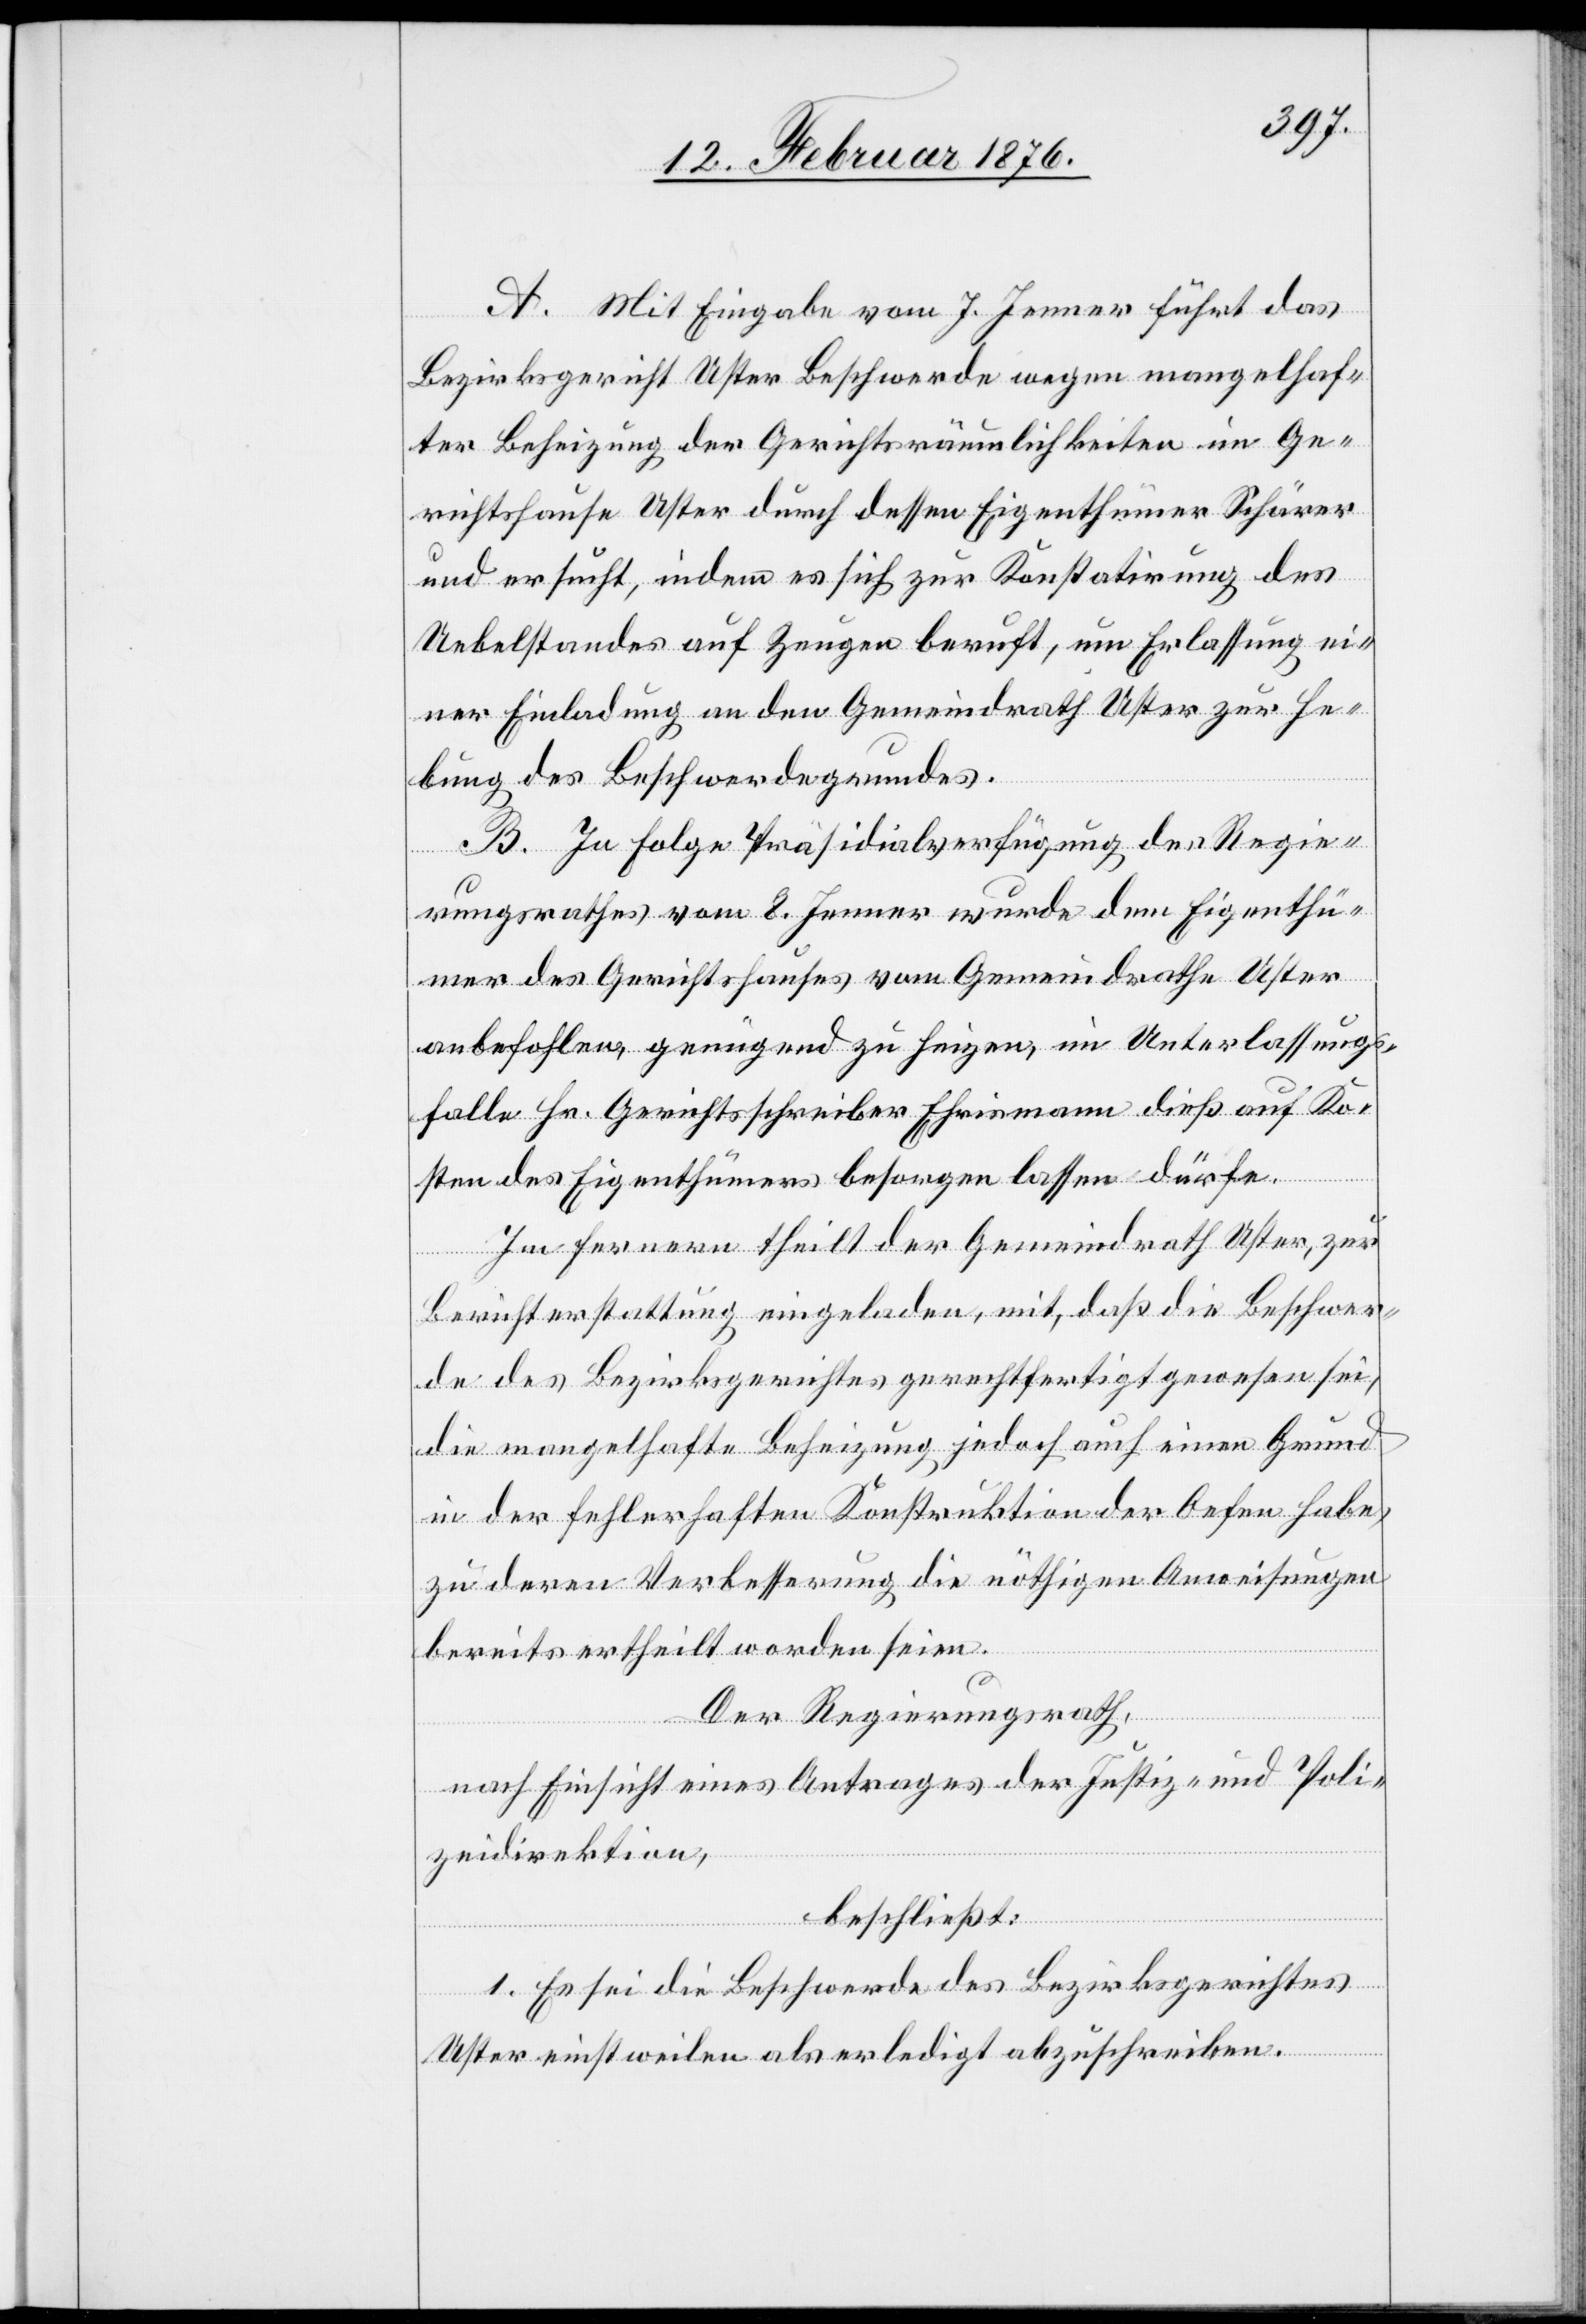
A. Mit Eingabe vom 7. Jenner führt das
Bezirksgericht Uster Beschwerde wegen mangelhaf¬
ter Beheizung der Gerichtsräumlichkeiten im Ge¬
richtshause Uster durch dessen Eigenthümer Schärer
und ersucht, indem es sich zur Konstatierung des
Uebelstandes auf Zeugen beruft, um Erlassung ei¬
ner Einladung an den Gemeindrath Uster zur He¬
bung des Beschwerdegrundes.
B. In Folge Präsidialverfügung des Regie¬
rungsrathes vom 8. Jenner werde dem Eigenthü¬
mer des Gerichtshauses vom Gemeindrath Uster
anbefohlen, genügend zu heizen, im Unterlassungs¬
falle Hr. Gerichtsschreiber Ehrismann dieß auf Ko¬
sten des Eigenthümers besorgen lassen dürfe.
Im Ferneren theilt der Gemeindrath Uster, zu
Berichterstattung eingeladen, mit, daß die Beschwer¬
de des Bezirksgerichtes gerechtfertigt gewesen sei,
die mangelhafte Beheizung jedoch auch einen Grund
in der fehlerhaften Konstruktion der Oefen habe,
zu deren Verbesserung die nöthigen Anweisungen
bereits ertheilt worden seien.
Der Regierungsrath,
nach Einsicht eines Antrages der Justiz- und Poli¬
zeidirektion,
beschließt:
1. Es sei die Beschwerde des Bezirksgerichtes
Uster einstweilen als erledigt abzuschreiben.